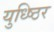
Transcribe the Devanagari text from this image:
युध्ष्ठिर